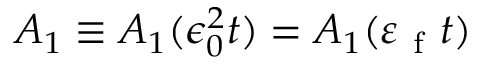
A _ { 1 } \equiv A _ { 1 } ( \epsilon _ { 0 } ^ { 2 } t ) = A _ { 1 } ( \varepsilon _ { \mathrm { ~ f ~ } } t )